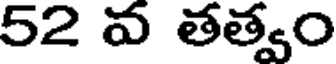
52 వ తత్వం